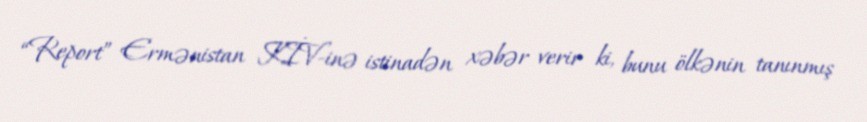
“Report” Ermənistan KİV-inə istinadən xəbər verir ki, bunu ölkənin tanınmış